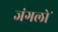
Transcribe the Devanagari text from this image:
जंगलोॱ